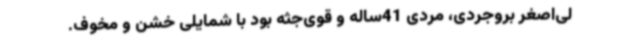
لی‌اصغر بروجردی، مردی 41‌ساله و قوی‌جثه بود با شمایلی خشن و مخوف.